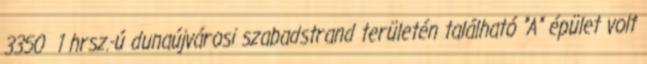
3350 1 hrsz.-ú dunaújvárosi szabadstrand területén található "A" épület volt